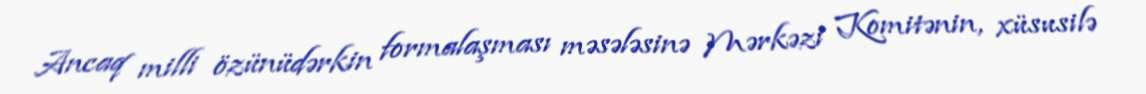
Ancaq milli özünüdərkin formalaşması məsələsinə Mərkəzi Komitənin, xüsusilə